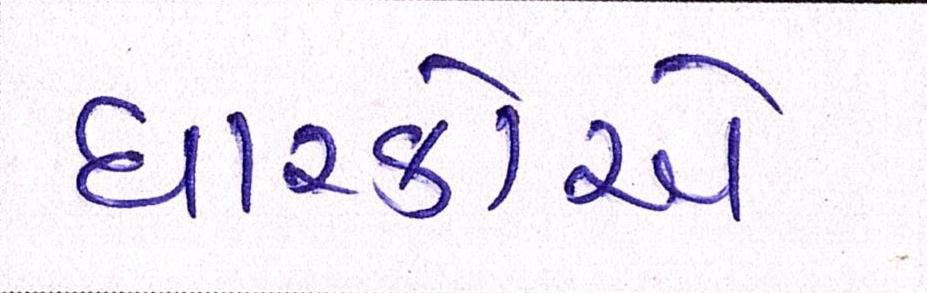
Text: ધારકોએ